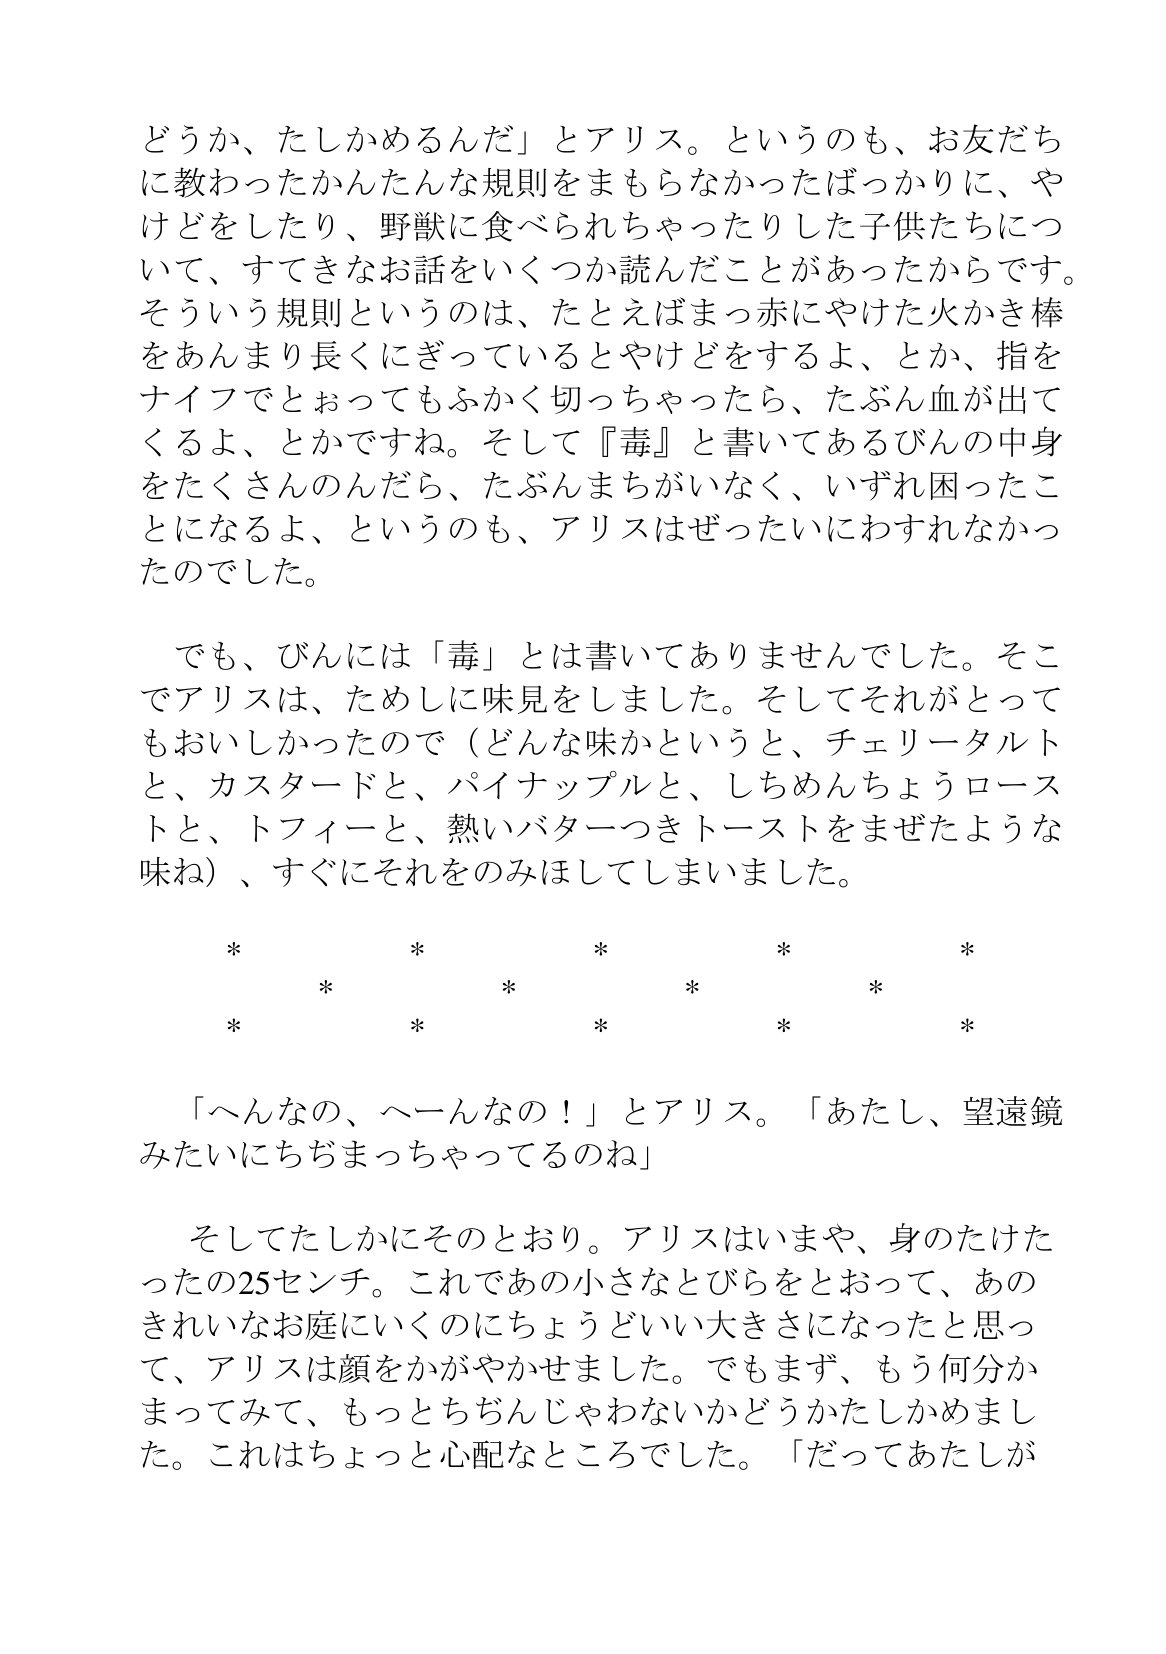
Language: ja